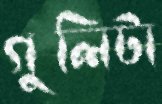
গুলিটা